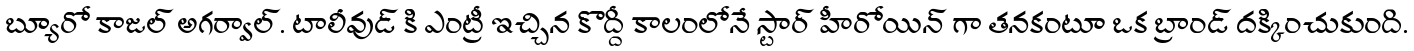
బ్యూరో కాజల్ అగర్వాల్. టాలీవుడ్ కి ఎంట్రీ ఇచ్చిన కొద్దీ కాలంలోనే స్టార్ హీరోయిన్ గా తనకంటూ ఒక బ్రాండ్ దక్కించుకుంది.